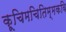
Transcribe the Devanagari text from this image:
कूचिमचितिम्मकवि